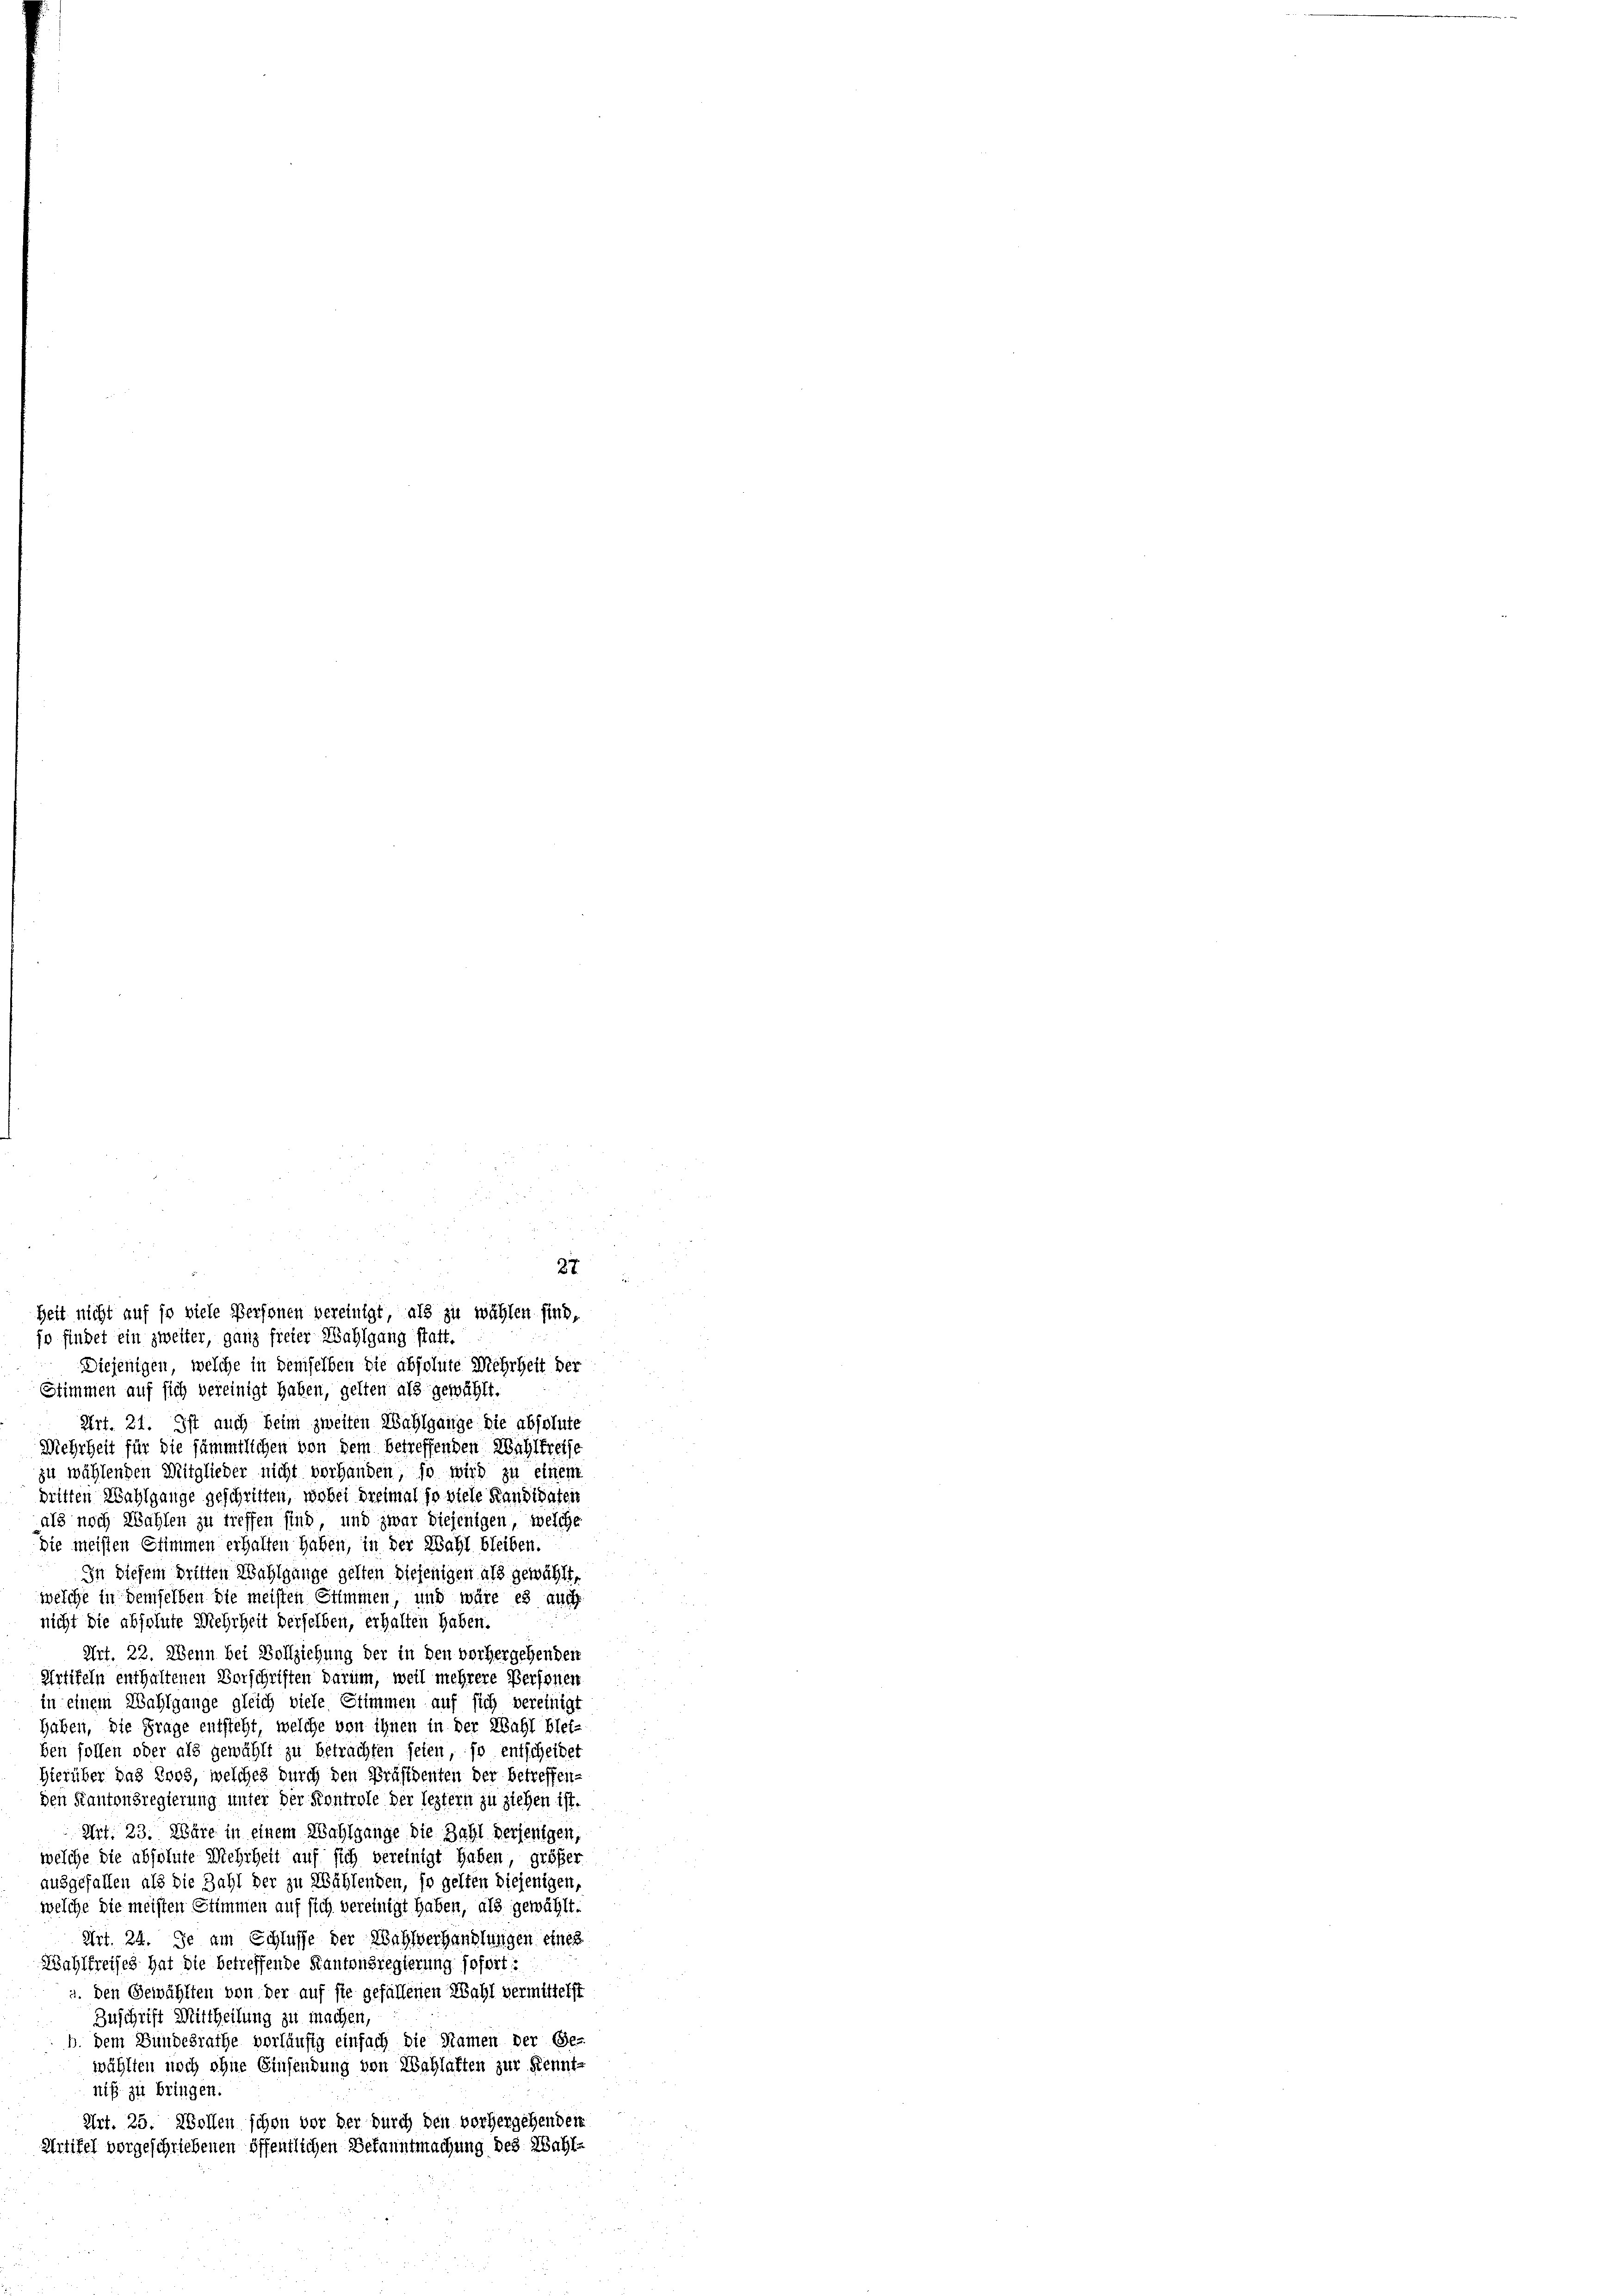
Diejenigen, welche in demselben die absolute Mehrheit der
Stimmen auf sich vereinigt haben, gelten als gewählt.
Art. 21. Ist auch beim zweiten Wahlgange die absolute

27
Zeit nicht auf so viele Personen vereinigt, als zu wählen sind,
jo findet ein zweiter, ganz freier Wahlgang statt.

Mehrheit für die sämmtlichen von dem betreffenden Wahlkreise
zu wählenden Mitglieder nicht vorhanden, so wird zu einem
dritten Wahlgange geschritten, wobei dreimal so viele Kandidaten
als noch Wahlen zu treffen sind, und zwar diejenigen, welche
die meisten Stimmen erhalten haben, in der Wahl bleiben.
In diesem Dritten Wahlgange gelten diejenigen als gewählt,
welche in demselben die meisten Stimmen, und wäre es auch
nicht die absolute Mehrheit derselben, erhalten haben.
Art. 22. Wenn bei Vollziehung der in den vorhergehenden
Artikeln enthaltenen Verschriften darum, weil mehrere Personen
in einem Wahlgange gleich viele Stimmen auf sich vereinigt
Haben, die Frage entsteht, welche von ihnen in der Wahl blei-
ben sollen oder als gewählt zu betrachten seien, so entscheidet
hierüber das Loos, welches durch den Präsidenten der betreffen-
den Kantonsregierung unter der Kontrole der leztern zu ziehen ist.
Art. 23. Wäre in einem Wahlgange die Zahl derjenigen,
welche die absolute Mehrheit auf sich vereinigt haben größer
ausgefallen als die Zahl der zu Wählenden, so gelten diejenigen,
welche die meisten Stimmen auf sich vereinigt haben, als gewählt.
Art. 24. Je am Schlusse der Wahlverhandlungen einer
Wahlfreises hat die betreffende Kantonsregierung sofort:
u. den Gewählten von der auf sie gefallenen Wahl vermittelst
Zuschrift Mittheilung zu machen,
b. dem Bundesrathe vorläufig einfach die Namen der Ge-
wählten noch ohne Einsendung von Wahlaften zur Kennt-
niß zu bringen.
Art. 25. Wollen schon vor der durch den vorhergehenden
Antifel vorgeschriebenen öffentlichen Bekanntmachung des Wahl-